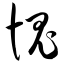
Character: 愧